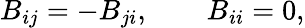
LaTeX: B_{ij}=-B_{ji},\qquad B_{ii}=0,